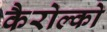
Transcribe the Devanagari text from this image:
कैरोल्को